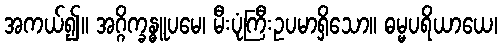
အကယ်၍။ အဂ္ဂိက္ခန္ဓူပမေ၊ မီးပုံကြီးဥပမာရှိသော။ ဓမ္မပရိယာယေ၊